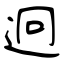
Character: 迥